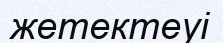
жетектеуі